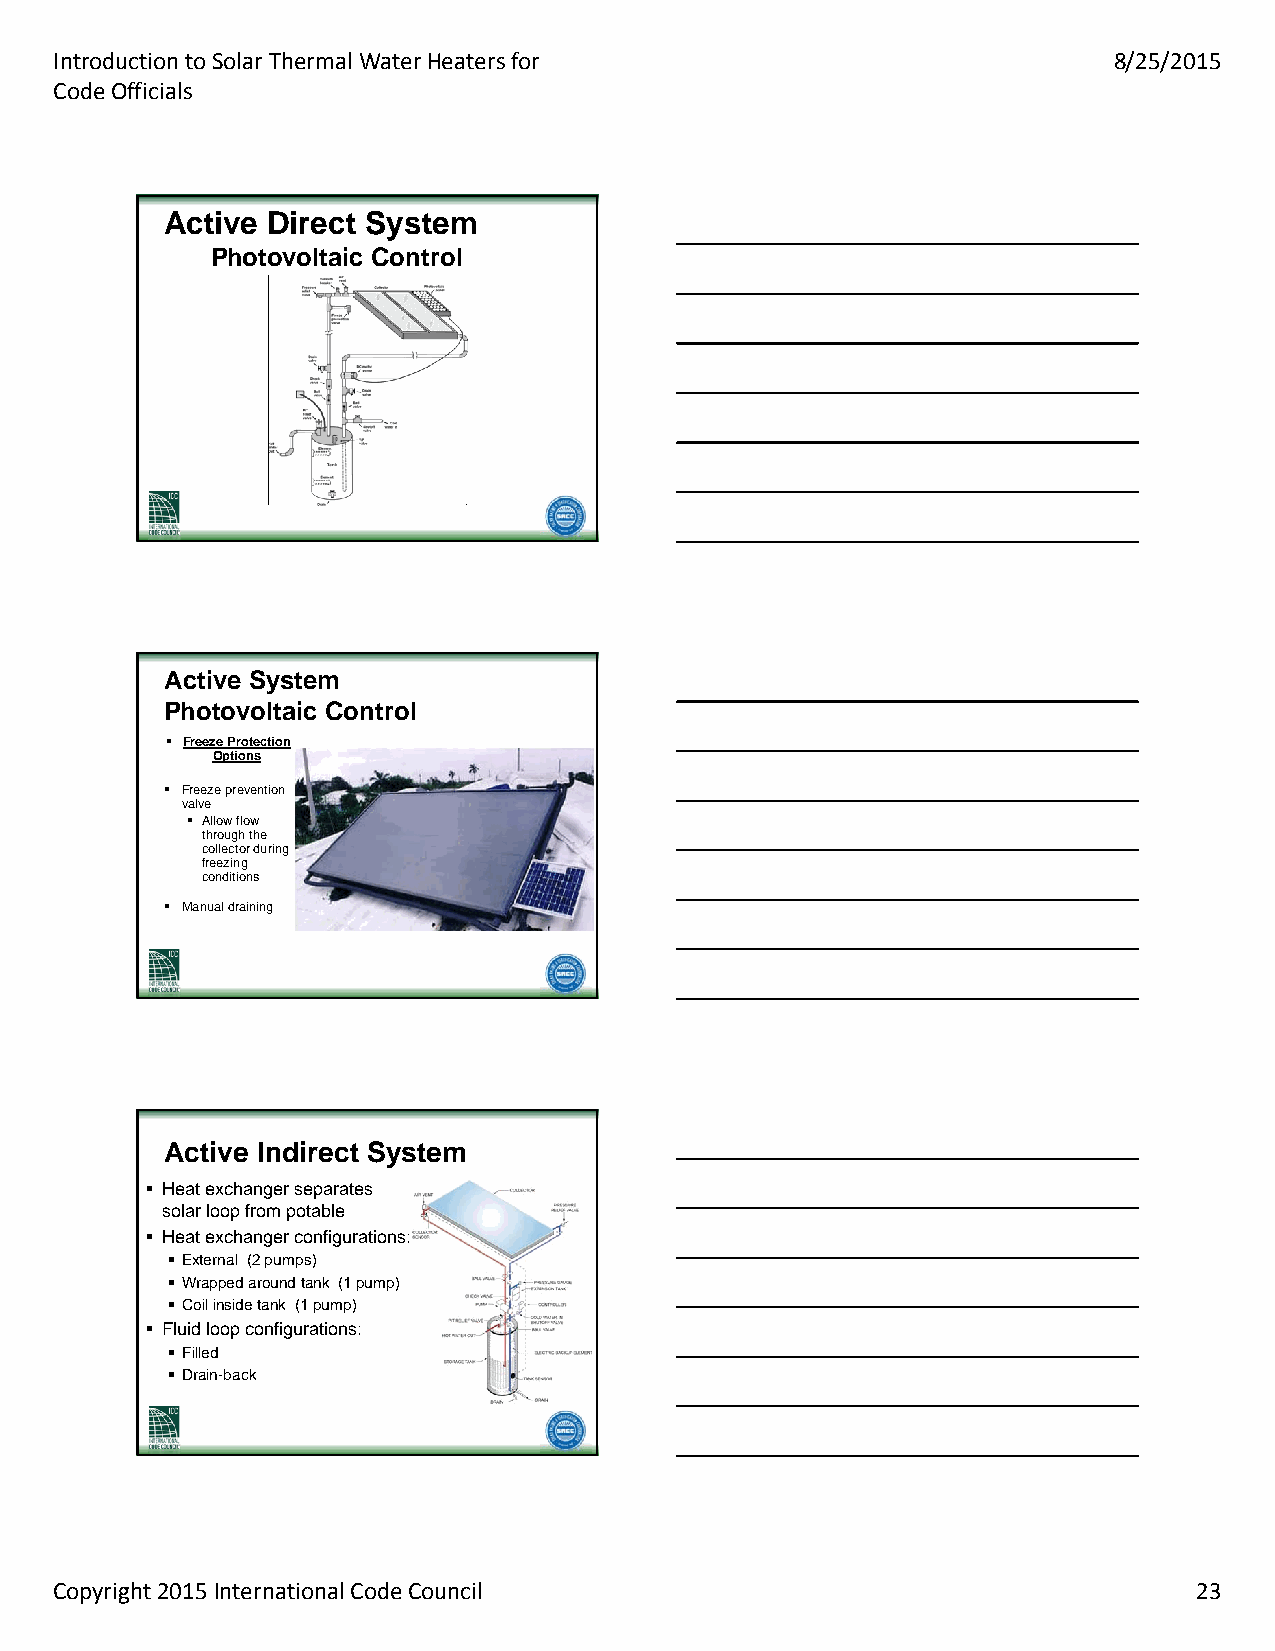
Introduction to Solar Thermal Water Heaters for                       8/25/2015
 Code Officials
 AAccttiivvee DDiirreecctt SSyysstteemm
 PPhhoottoovvoollttaaiicc CCoonnttrrooll
 AAccttiivvee SSyysstteemm
 PPhhoottoovvoollttaaiicc CCoonnttrrooll
  Freeze Protection
 Options
  Freeze prevention
 valve
  Allow flow
 through the
 collector during
 freezing
 conditions
  Manual draining
 AAccttiivvee IInnddiirreecctt SSyysstteemm
  Heat exchanger separates
 solar loop from potable
  Heat exchanger configurations:
  External (2 pumps)
  Wrapped around tank (1 pump)
  Coil inside tank (1 pump)
  Fluid loop configurations:
  Filled
  Drain-back
 Copyright 2015 International Code Council                                  23